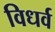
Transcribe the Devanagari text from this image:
विधर्व